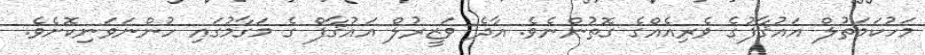
މަހުކަމަތުލް އައުޤާފުގެ ވެރިއެއްގެ ގޮތުންނެވެ. އާދެ ވަޒީރުލް އައުޤާފް ގެ މަގާމުގައި ހުންނަވަނިކޮށެވެ.